65_HS1-834228961_62-HQ-83894_Section_4
Agency: FBI
Page 197
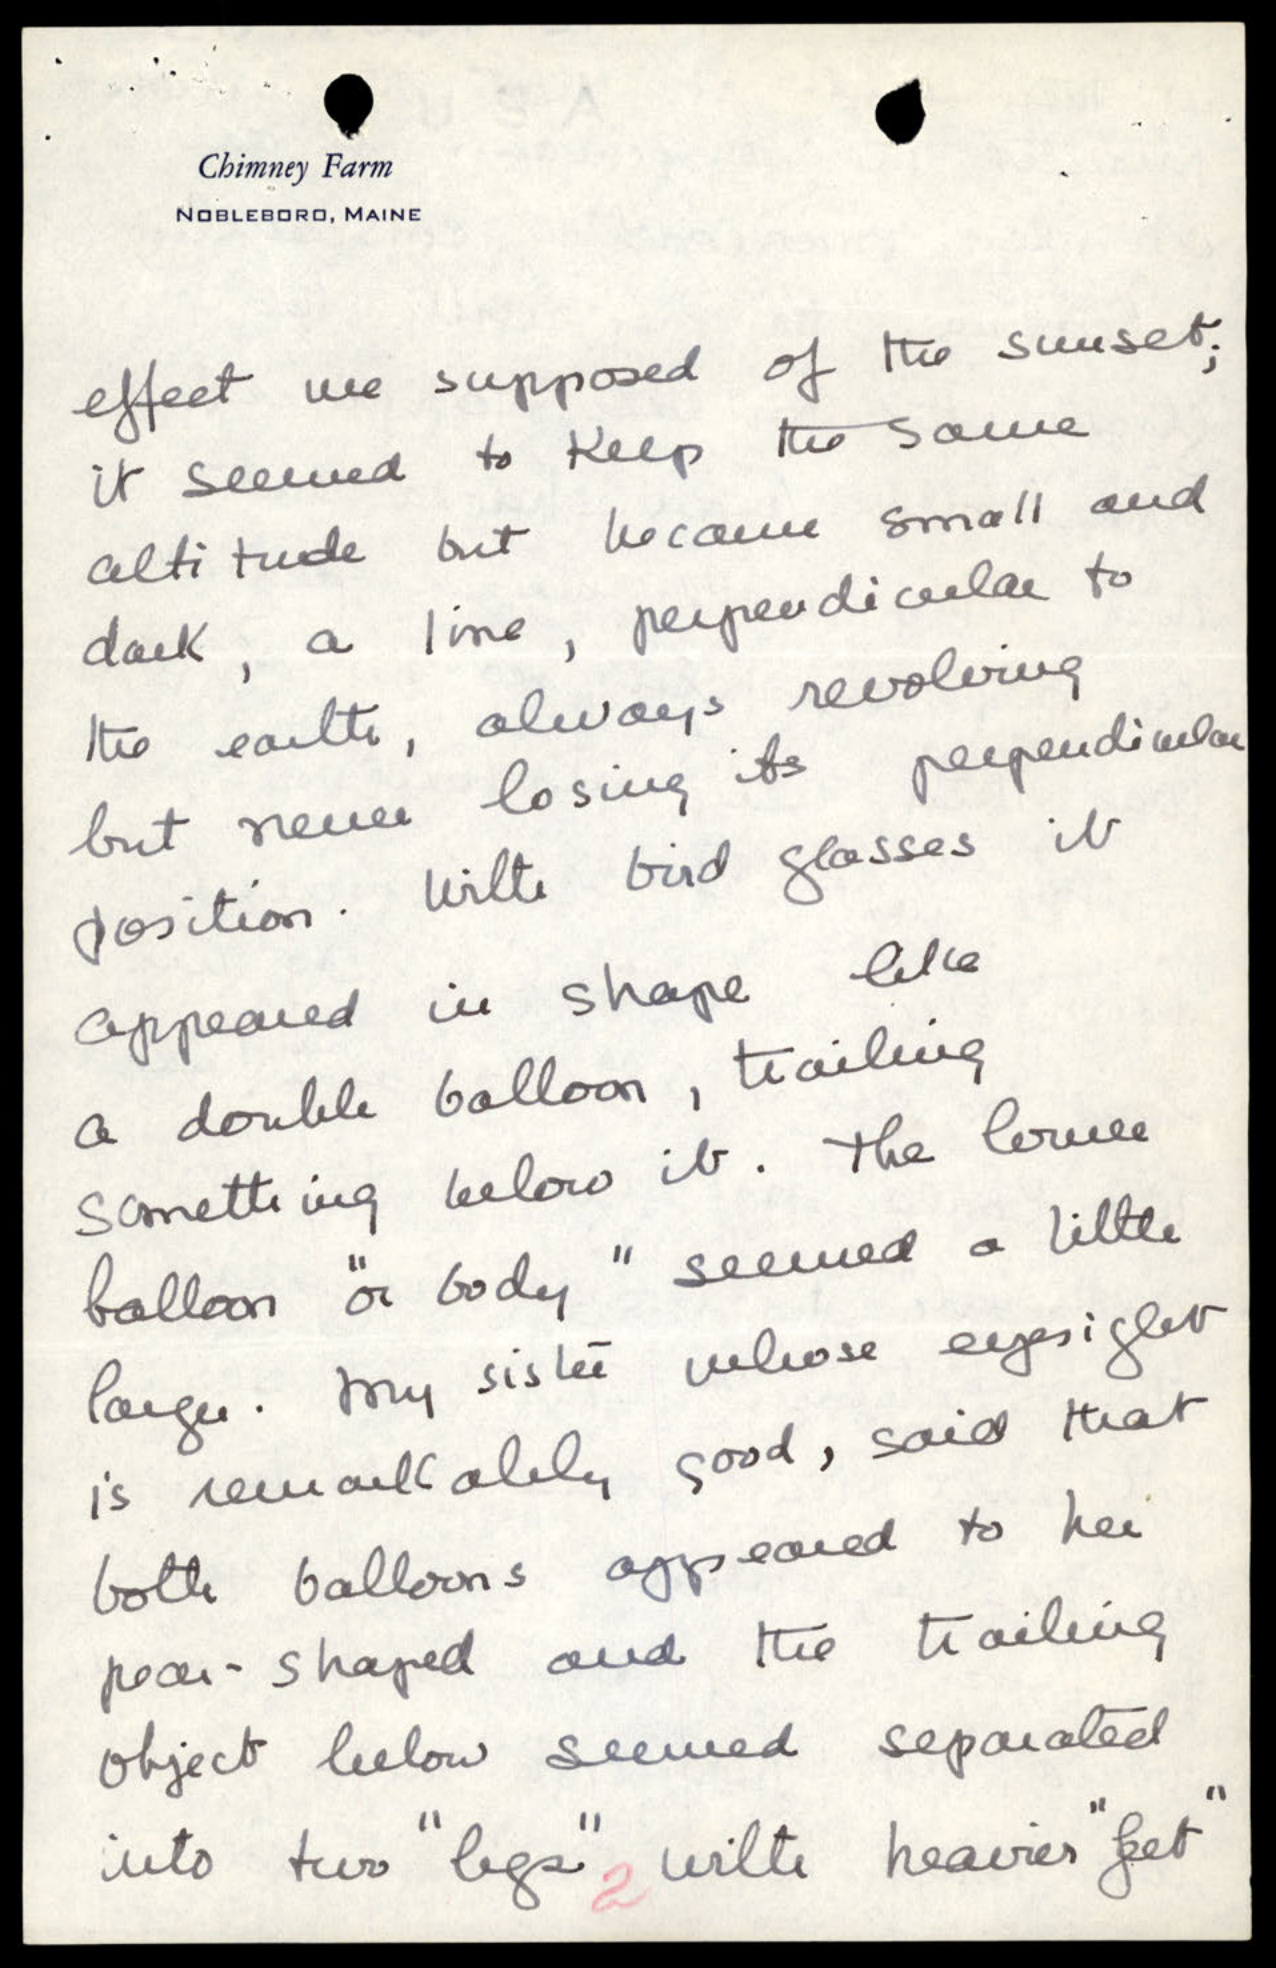